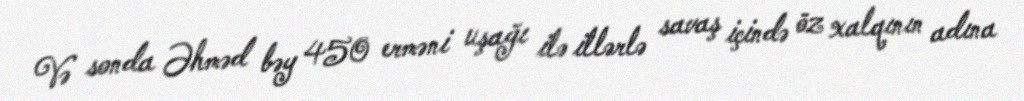
Və sonda Əhməd bəy 450 erməni uşağı ilə illərlə savaş içində öz xalqının adına